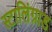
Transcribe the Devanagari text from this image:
स्टालिंग्राड